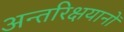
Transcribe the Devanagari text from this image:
अन्तरिक्षयानों